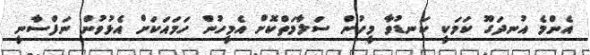
އެންމެ އުނދަގޫ ކަމަކީ ކަނޑުވާ މީހުން ސަލާމަތްކޮށް އެމީހުން ހަމައަކަށް އެޅުވުން ނަފްސާނީ